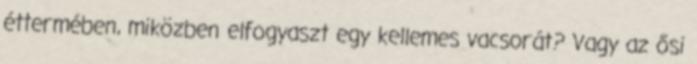
éttermében, miközben elfogyaszt egy kellemes vacsorát? Vagy az ősi